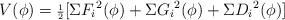
LaTeX: \begin{align*}V(\phi)={\scriptstyle {\frac{1}{2}}}[\Sigma {F_i}^2 (\phi)+\Sigma{G_i}^2 (\phi)+\Sigma {D_i}^2 (\phi)]\end{align*}